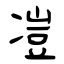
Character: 凒